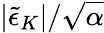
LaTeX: \vert\tilde{\epsilon}_{K}\vert/\sqrt{\alpha}